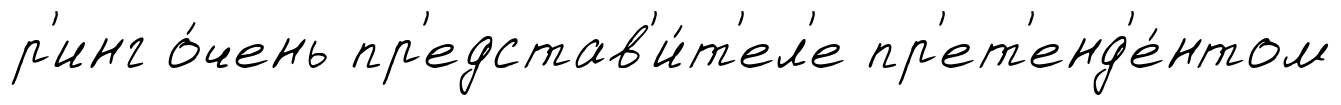
р'инг о́чень пр'едстав'и́т'ел'е пр'ет'енд'е́нтом